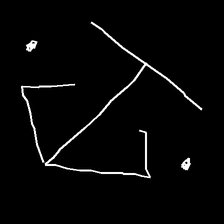
Glyph: earth